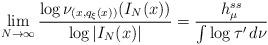
LaTeX: \begin{align*} \lim _{N \rightarrow \infty} \frac{\log \nu _{(x, q_\xi (x) )} ( I _N (x) ) }{\log | I _N (x) |} = \frac{h ^{ss} _\mu}{\int \log \tau ' \, d \nu}\end{align*}